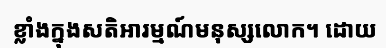
ខ្លាំងក្នុងសតិអារម្មណ៍មនុស្សលោក។ ដោយ